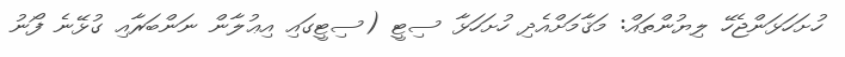
ހުށަހަޅަންޖެހޭ ލިޔުންތައް: މަޤާމަށްއެދި ހުށަހަޅާ ސިޓީ (ސިޓީގައި އިޢުލާން ނަންބަރާއި ގުޅޭނެ ފޯނު